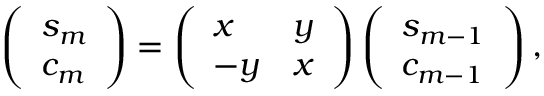
\left( \begin{array} { l } { s _ { m } } \\ { c _ { m } } \end{array} \right) = \left( \begin{array} { l l } { x } & { y } \\ { - y } & { x } \end{array} \right) \left( \begin{array} { l } { s _ { m - 1 } } \\ { c _ { m - 1 } } \end{array} \right) ,